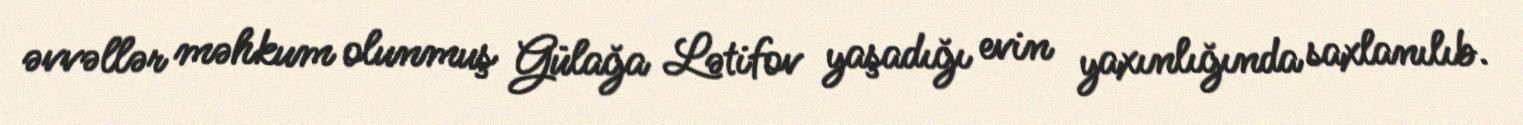
əvvəllər məhkum olunmuş Gülağa Lətifov yaşadığı evin yaxınlığında saxlanılıb.